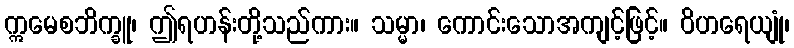
ဣမေစဘိက္ခူ၊ ဤရဟန်းတို့သည်ကား။ သမ္မာ၊ ကောင်းသောအကျင့်ဖြင့်။ ဝိဟရေယျုံ၊